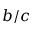
b / c